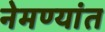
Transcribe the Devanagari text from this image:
नेमण्यांत